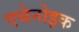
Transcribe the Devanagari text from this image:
एथेनोइक